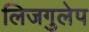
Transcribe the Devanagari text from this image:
लिजगुलेप